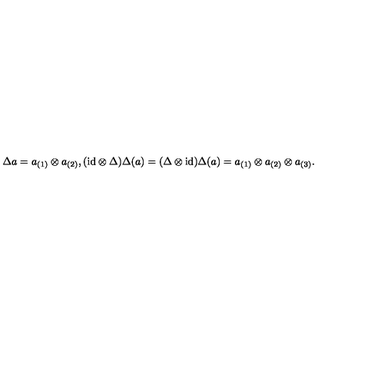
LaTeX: \Delta a = a _ { ( 1 ) } \otimes a _ { ( 2 ) } , ( \mathrm { i d } \otimes \Delta ) \Delta ( a ) = ( \Delta \otimes \mathrm { i d } ) \Delta ( a ) = a _ { ( 1 ) } \otimes a _ { ( 2 ) } \otimes a _ { ( 3 ) } .